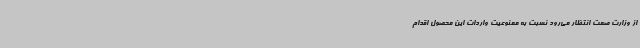
از وزارت صمت انتظار می‌رود نسبت به ممنوعیت واردات این محصول اقدام